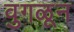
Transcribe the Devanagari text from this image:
वुगळून